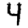
Digit: 4